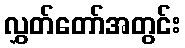
လွှတ်တော်အတွင်း